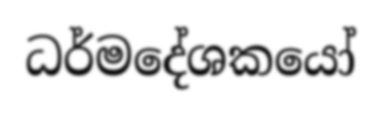
ධර්මදේශකයෝ